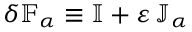
\delta \mathbb { F } _ { \alpha } \equiv \mathbb { I } + \varepsilon \, \mathbb { J } _ { \alpha }